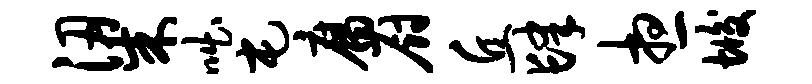
梁咄屯腐厨丘肆想垢